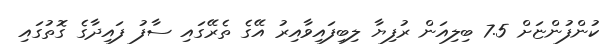
ކުންފުންޏަށް 7.5 ބިލިއަން ރުފިޔާ ލިބިފައިވާއިރު އޭގެ ތެރޭގައި ސާފު ފައިދާގެ ގޮތުގައި